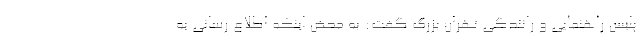
پلیس راهنمایی و رانندگی تهران بزرگ گفت: به محض اینکه اطلاع رسانی به